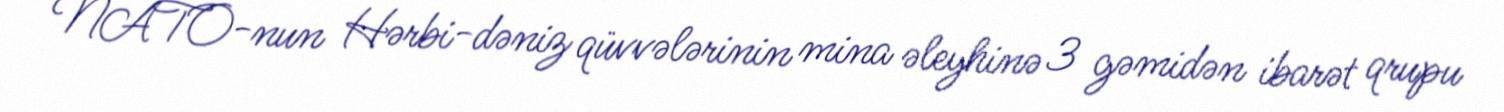
NATO-nun Hərbi-dəniz qüvvələrinin mina əleyhinə 3 gəmidən ibarət qrupu